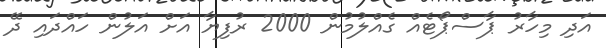
އަދި މިހާރު ޕާސްޕޯޓެއް ގެއްލުމުން 2000 ރުފިޔާ އަށް އަލުން ހައްދައި ދޭ